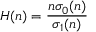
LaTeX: H ( n ) = { \frac { n \sigma _ { 0 } ( n ) } { \sigma _ { 1 } ( n ) } }